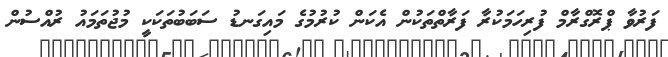
ފަރުވާ ޕްރޮގްރާމް ފުރިހަމަކުރާ ފަރާތްތަކުން އެކަން ކުރުމުގެ މައިގަނޑު ސަބަބުތަކަކީ މުޖުތަމައު ރުއްސުން